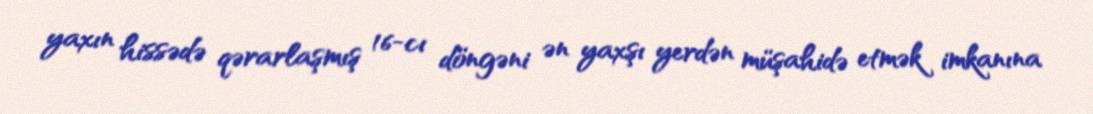
yaxın hissədə qərarlaşmış 16-cı döngəni ən yaxşı yerdən müşahidə etmək imkanına